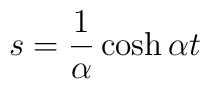
s=\frac{1}{\alpha}\cosh\alpha t